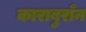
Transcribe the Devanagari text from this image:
काराबुराँन